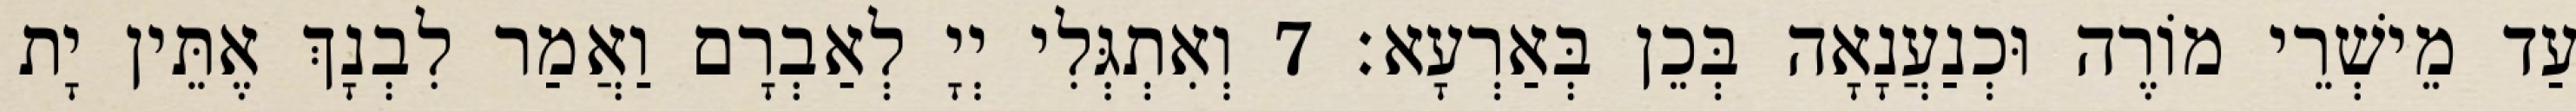
עַד מֵישְׁרֵי מוֹרֶה וּכְנַעֲנָאָה בְּכֵן בְּאַרְעָא׃ 7 וְאִתְגְּלִי יְיָ לְאַבְרָם וַאֲמַר לִבְנָךְ אֶתֵּין יָת